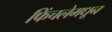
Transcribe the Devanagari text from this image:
फिंचलेमधून